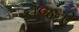
ફૌજની